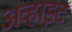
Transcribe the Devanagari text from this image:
अव्हाइट